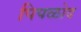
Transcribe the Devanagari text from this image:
पिपळोद